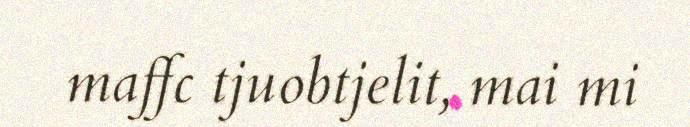
maffc tjuobtjelit, mai mi